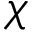
\chi